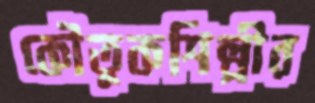
কৌতুকশিল্পীর